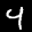
Label: 4